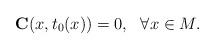
LaTeX: \begin{align*}\mathbf{C}(x,t_{0}(x))=0,~\ \forall x\in M. \end{align*}